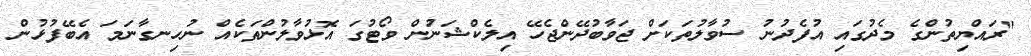
"ރައްޔިތުންގެ މެދުގައި އުފެދުނު ސުވާލުތަކަށް ޖަވާބުދޭންޖެހޭ އިލެކްޝަނުން ވޯޓުގަ އޮޅުވާލުންތަކެއް ނުހިނގާނަމަ އެބޭފުޅުން